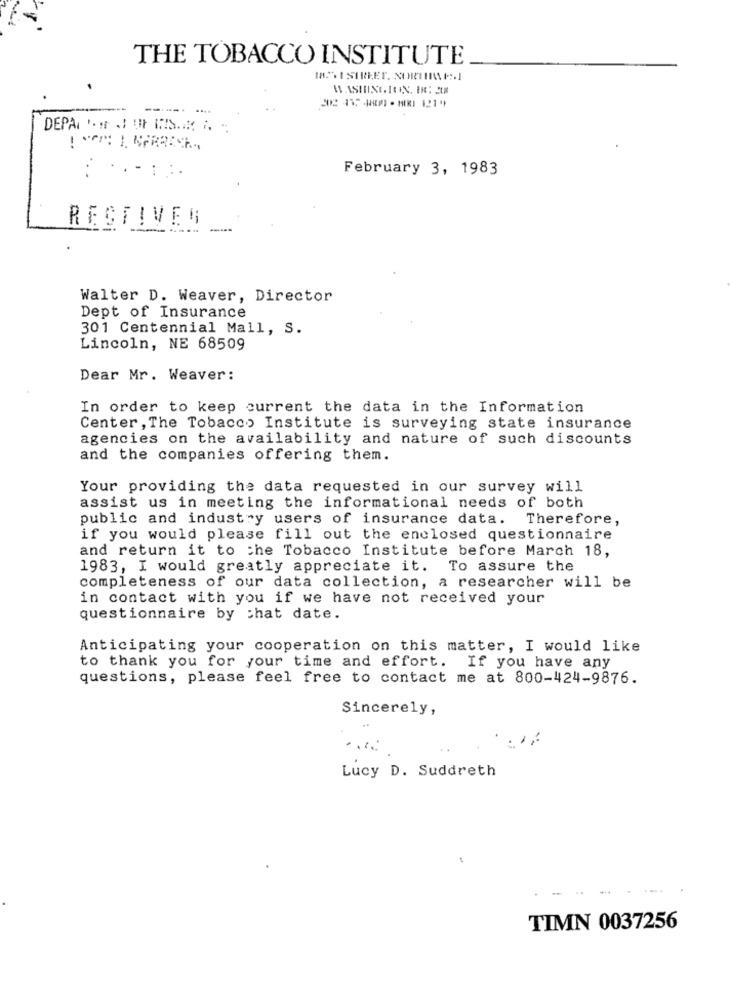
THE TOBACCO INSTITUTE
DEPARFUM HIS
-.
.. .
February 3, 1983
RECTIVES
Walter D. Weaver, Director
Dept of Insurance
301 Centennial Mall, S.
Lincoln, NE 68509
Dear Mr. Weaver:
In order to keep current the data in the Information
Center , The Tobacco Institute is surveying state insurance
agencies on the availability and nature of such discounts
and the companies offering them.
Your providing the data requested in our survey will
assist us in meeting the informational needs of both
public and industry users of insurance data. Therefore,
if you would please fill out the enclosed questionnaire
and return it to the Tobacco Institute before March 18,
1983, I would greatly appreciate it. To assure the
completeness of our data collection, a researcher will be
in contact with you if we have not received your
questionnaire by chat date.
Anticipating your cooperation on this matter, I would like
to thank you for your time and effort. If you have any
questions, please feel free to contact me at 800-424-9876.
Sincerely,
Lucy D. Suddreth
TIMN 0037256